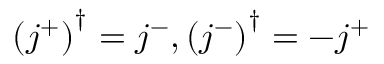
\left( j ^ { + } \right) ^ { \dagger } = j ^ { - } , \left( j ^ { - } \right) ^ { \dagger } = - j ^ { + }